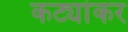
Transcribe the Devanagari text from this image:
कट्यांकर